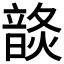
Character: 𩐬